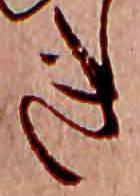
き